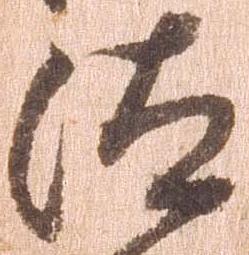
汰